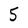
Character: 5